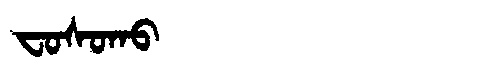
Manchu: ᠸᠣᠰᠣᡴᠣ
Romanization: FOSOKO